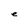
Character: e